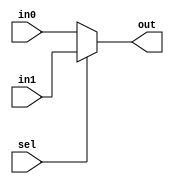
module mux_2x1(
  sel,
  in0,
  in1,
  out
);

// *****************************************************************************
parameter LEN         = 8;

// *****************************************************************************
input                  sel;
input     [LEN-1 : 0]  in0;
input     [LEN-1 : 0]  in1;
output    [LEN-1 : 0]  out;

// *****************************************************************************
assign out = (sel) ? in1 : in0;

endmodule